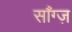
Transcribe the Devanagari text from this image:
साँग्ज़